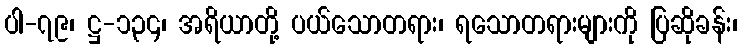
ပါ-၇၉၊ ဋ္ဌ-၁၃၄၊ အရိယာတို့ ပယ်သောတရား၊ ရသောတရားများကို ပြဆိုခန်း၊